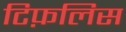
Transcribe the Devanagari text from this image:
टिफ़लिस